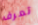
تعرف